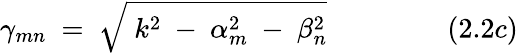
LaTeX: \gamma_{mn}~=~{\sqrt{~k^{2}~-~\alpha_{m}^{2}~-~\beta_{n}^{2}}}~~~~~~~~~~~~~~~~~(2.2c)